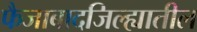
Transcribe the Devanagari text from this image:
फैजाबादजिल्ह्यातील